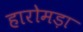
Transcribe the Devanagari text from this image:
हारोमड़ा